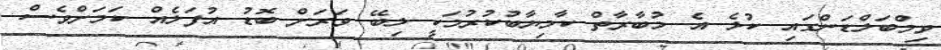
ވިމްބަލްޑަންގައި ކުޅެ އެ މުބާރާތް ކާމިޔާބުކުރުމަކީ ލިބޭ ވަރަށް ބޮޑު އުފަލެއް ކަަމަށްވެސް